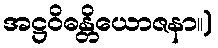
အဋ္ဌဝိဓန္တိယောဇနာ။)